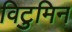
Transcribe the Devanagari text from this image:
विटुमिन